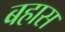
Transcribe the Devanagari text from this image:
बहास